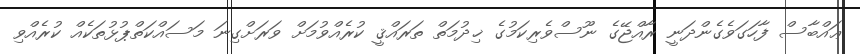
ޢައްބާސް ފާހަގަވެގެންދަނީ ރާއްޖޭގެ ނޫސްވެރިކަމުގެ ޚިދުމަތް ތަރައްޤީ ކުރެއްވުމަށް ވަރަށްގިނަ މަސައްކަތްޕުޅުތަކެއް ކުރެއްވި